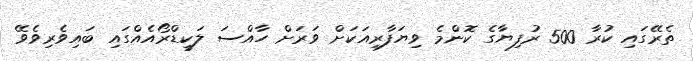
ތެރޭގައި ކުރާ 500 ރުފިޔާގެ ކޮންމެ ވިޔަފާރިއަކަށް ވަރަށް ހާއްސަ ލަކީޑްރޯއެއްގައި ބައިވެރިވެވޭ